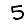
Digit: 5